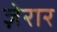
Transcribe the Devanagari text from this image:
ज़ेरार